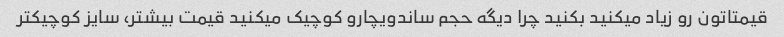
قیمتاتون رو زیاد میکنید بکنید چرا دیگه حجم‌ ساندویچارو کوچیک‌ میکنید قیمت بیشتر، سایز کوچیکتر